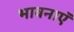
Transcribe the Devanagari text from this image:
भावनाएॅं